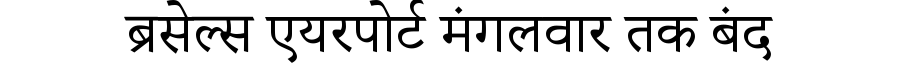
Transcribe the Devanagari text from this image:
ब्रसेल्स एयरपोर्ट मंगलवार तक बंद